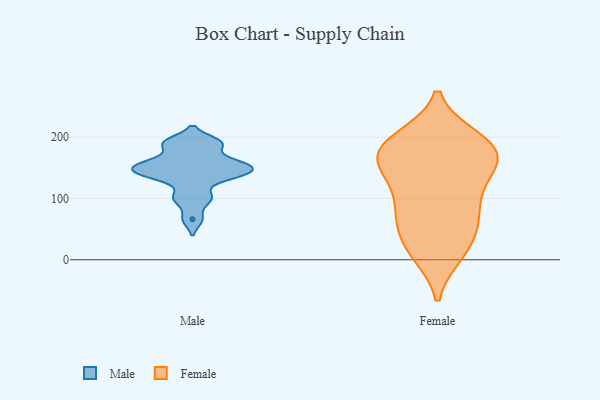
{"axis": {"x": "Latency (ms)", "y": "Value"}, "legend": ["Female", "Male"], "data": [{"x": "", "y": 162, "type": "Male"}, {"x": "", "y": 191, "type": "Male"}, {"x": "", "y": 146, "type": "Male"}, {"x": "", "y": 156, "type": "Male"}, {"x": "", "y": 66, "type": "Male"}, {"x": "", "y": 149, "type": "Male"}, {"x": "", "y": 187, "type": "Male"}, {"x": "", "y": 157, "type": "Male"}, {"x": "", "y": 192, "type": "Male"}, {"x": "", "y": 137, "type": "Male"}, {"x": "", "y": 98, "type": "Male"}, {"x": "", "y": 134, "type": "Male"}, {"x": "", "y": 142, "type": "Male"}, {"x": "", "y": 104, "type": "Male"}, {"x": "", "y": 58, "type": "Female"}, {"x": "", "y": 196, "type": "Female"}, {"x": "", "y": 73, "type": "Female"}, {"x": "", "y": 10, "type": "Female"}, {"x": "", "y": 148, "type": "Female"}, {"x": "", "y": 159, "type": "Female"}, {"x": "", "y": 198, "type": "Female"}, {"x": "", "y": 163, "type": "Female"}, {"x": "", "y": 125, "type": "Female"}, {"x": "", "y": 48, "type": "Female"}, {"x": "", "y": 113, "type": "Female"}, {"x": "", "y": 153, "type": "Female"}, {"x": "", "y": 190, "type": "Female"}, {"x": "", "y": 76, "type": "Female"}, {"x": "", "y": 177, "type": "Female"}, {"x": "", "y": 187, "type": "Female"}, {"x": "", "y": 13, "type": "Female"}, {"x": "", "y": 86, "type": "Female"}, {"x": "", "y": 174, "type": "Female"}, {"x": "", "y": 15, "type": "Female"}]}